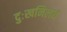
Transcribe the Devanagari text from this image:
दुःखनिलयं